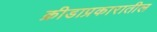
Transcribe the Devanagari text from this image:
क्रीडाप्रकारातील